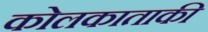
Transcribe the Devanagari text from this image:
कोलकाताकी